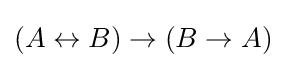
(A\leftrightarrow B)\to (B\to A)